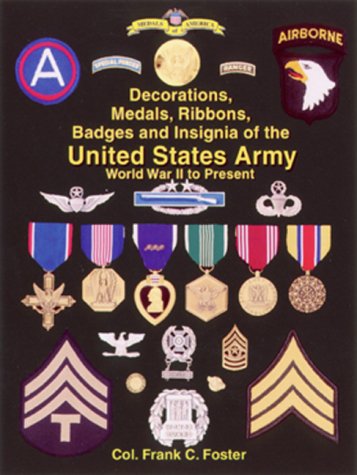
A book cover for The Decorations, Medals, Ribbons, Badges and Insignia of the United States Army: World War II to Present; Frank C. Foster; History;